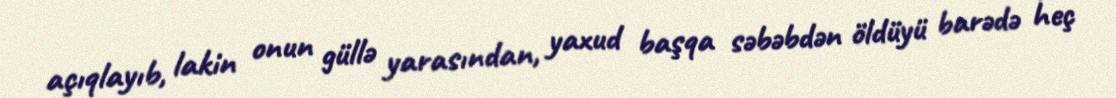
açıqlayıb, lakin onun güllə yarasından, yaxud başqa səbəbdən öldüyü barədə heç